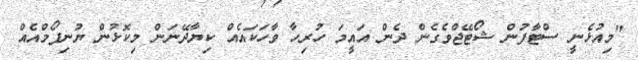
"މިއުޅެނީ ސްޓާފުން ޝޯޓޭޖްވެގެން ދެން އައީމަ ހުރިހާ ވާހަކައެއް ކިޔާދޭނަން މިކޮޅުން ޔުނިފޯމްއެއް